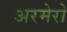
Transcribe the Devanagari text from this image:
अरमेरो